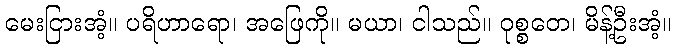
မေးငြားအံ့။ ပရိဟာရော၊ အဖြေကို။ မယာ၊ ငါသည်။ ဝုစ္စတေ၊ မိန့်ဦးအံ့။